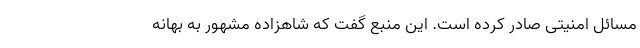
مسائل امنیتی صادر کرده است. این منبع گفت که شاهزاده مشهور به بهانه